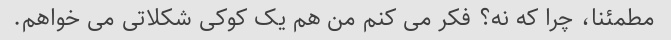
مطمئنا، چرا که نه؟ فکر می کنم من هم یک کوکی شکلاتی می خواهم.